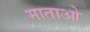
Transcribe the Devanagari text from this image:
माताओ